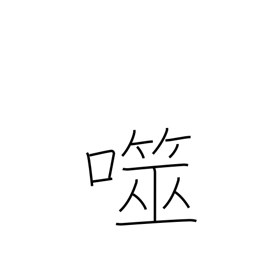
Meaning: bite